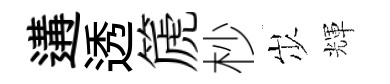
遘透篪杪𡵯輝